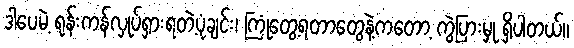
ဒါပေမဲ့ ရုန်းကန်လှုပ်ရှားရတဲ့ပုံချင်း၊ ကြုံတွေ့ရတာတွေနဲ့ကတော့ ကွဲပြားမှု ရှိပါတယ်။